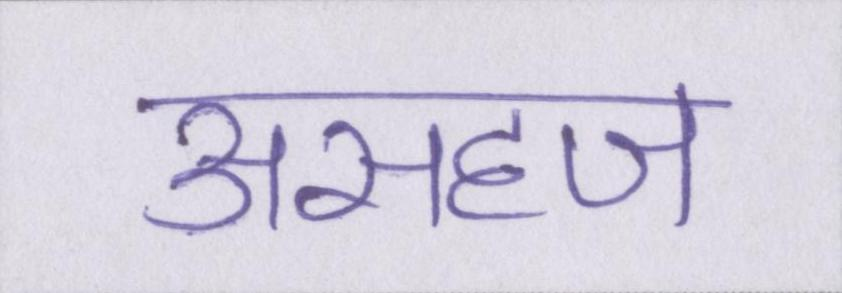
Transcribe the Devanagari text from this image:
असहज